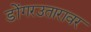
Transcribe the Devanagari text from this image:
डोंगरउतारावर